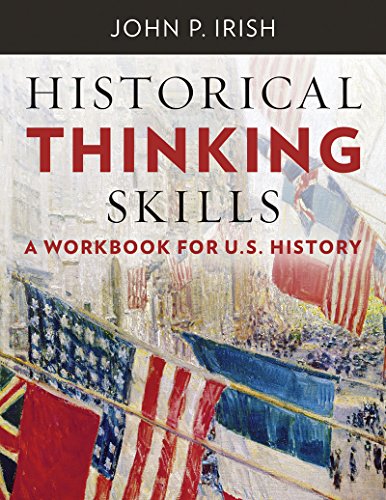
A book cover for Historical Thinking Skills: A Workbook for U. S. History; John P. Irish; Test Preparation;